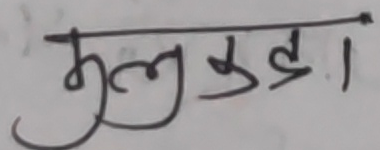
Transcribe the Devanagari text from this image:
मुल कुडा।